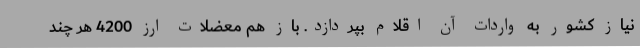
نیاز کشور به واردات آن اقلام بپردازد. باز هم معضلات ارز 4200 هر چند